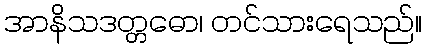
အာနိသဒတ္တဓော၊ တင်သားရေသည်။